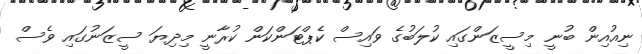
ނިއުއިން ބުނީ މިސީޒަންގައި ކުލަބުގެ ވައިސް ކެޕްޓަންކަން ކުރާނީ މިދިޔަ ސީޒަނުގައި ވެސް